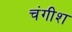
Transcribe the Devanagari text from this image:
चंगीश